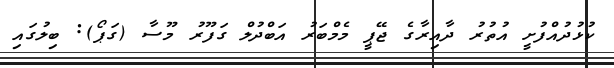
ކުޅުދުއްފުށީ އުތުރު ދާއިރާގެ ޖޭޕީ މެމްބަރު އަބްދުލް ގަފޫރު މޫސާ (ގަޕޯ): ބިލުގައި